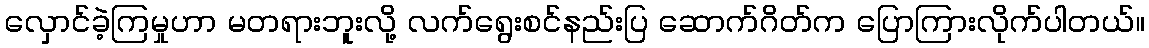
လှောင်ခဲ့ကြမှုဟာ မတရားဘူးလို့ လက်ရွေးစင်နည်းပြ ဆောက်ဂိတ်က ပြောကြားလိုက်ပါတယ်။